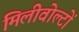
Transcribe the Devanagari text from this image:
मिलीवोल्टों